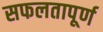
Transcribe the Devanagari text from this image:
सफलतापूर्ण